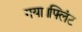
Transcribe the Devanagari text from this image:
गया।फ्लिंट